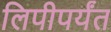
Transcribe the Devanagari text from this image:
लिपीपर्यंत